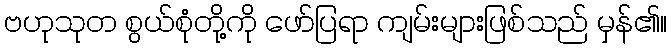
ဗဟုသုတ စွယ်စုံတို့ကို ဖော်ပြရာ ကျမ်းများဖြစ်သည် မှန်၏။